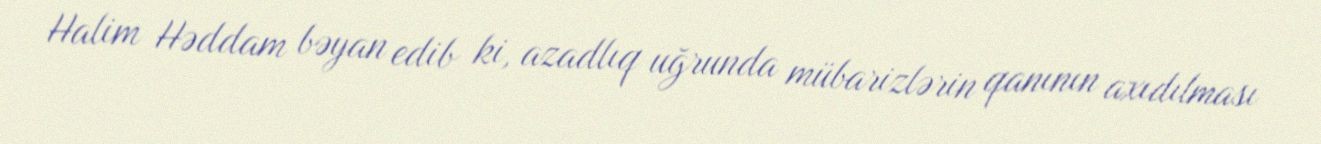
Halim Həddam bəyan edib ki, azadlıq uğrunda mübarizlərin qanının axıdılması